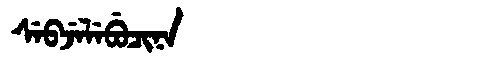
Manchu: ᠰᡝᠪᠵᡝᠯᡝᠪᡠᠴᡳᠨᠠ
Romanization: SEBJELEBUCINA